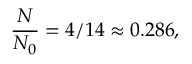
{ \frac { N } { N _ { 0 } } } = 4 / 1 4 \approx 0 . 2 8 6 ,